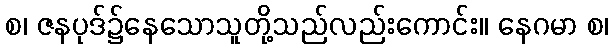
စ၊ ဇနပုဒ်၌နေသောသူတို့သည်လည်းကောင်း။ နေဂမာ စ၊